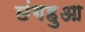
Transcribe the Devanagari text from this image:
छंगहुआ